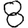
Digit: 8